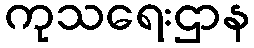
ကုသရေးဌာန